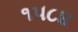
૧૫૮૪